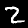
Label: 2